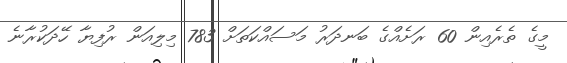
މީގެ ތެރެއިން 60 ރަށެއްގެ ބަނދަރު މަސައްކަތަށް 783 މިލިއަން ރުފިޔާ ހޭދަކުރާނެ